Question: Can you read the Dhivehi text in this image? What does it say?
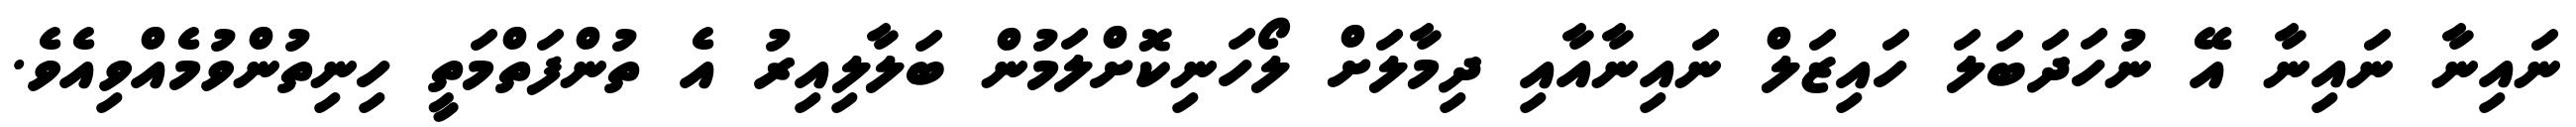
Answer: ނައިނާ ނައިނާ އޭ ނުހަދަބަލަ ހައިޒަލް ނައިނާއާއި ދިމާލަށް ލޯހަނިކޮށްލަމުން ބަލާލިއިރު އެ ތުންފަތްމަތީ ހިނިތުންވުމެއްވިއެވެ.